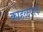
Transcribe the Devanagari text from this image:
कोहळेपाक